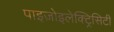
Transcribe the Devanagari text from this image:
पाइज़ोइलेक्ट्रिसिटी